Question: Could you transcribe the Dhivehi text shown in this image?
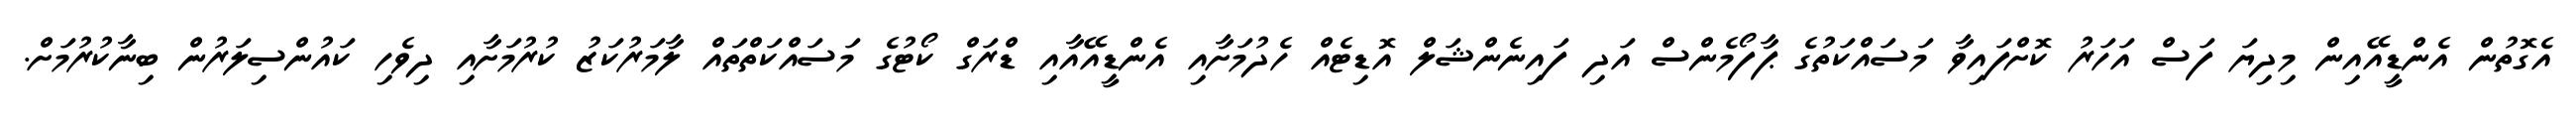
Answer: އެގޮތުން އެންޑީއޭއިން މިދިޔަ ފަސް އަހަރު ކޮށްފައިވާ މަސައްކަތުގެ ޕާފޯމެންސް އަދި ފައިނެންޝަލް އޮޑިޓެއް ހެދުމަށާއި އެންޑީއޭއާއި ޑްރަގް ކޯޓުގެ މަސައްކަތްތައް ލާމަރުކަޒު ކުރުމަށާއި ދިވެހި ކައުންސިލަރުން ބިނާކުރުމަށް.